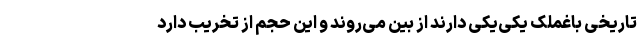
تاریخی باغملک یکی‌یکی دارند از بین می‌روند و این حجم از تخریب دارد